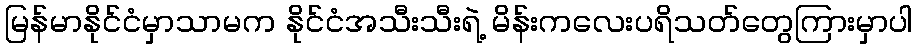
မြန်မာနိုင်ငံမှာသာမက နိုင်ငံအသီးသီးရဲ့ မိန်းကလေးပရိသတ်တွေကြားမှာပါ